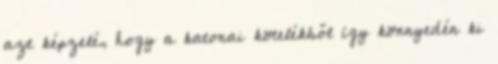
azt képzelé, hogy a katonai kötelékből így könnyedén ki